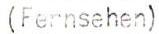
(Fernsehen)